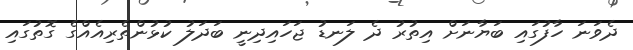
ދެވަނަ ހާފުގައި ބަޔާނަށް އިތުރު ދެ ލަނޑު ޖަހައިދިނީ ބަދަލު ކުޅުންތެރިއެއްގެ ގޮތުގައި